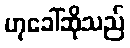
ဟုခေါ်ဆိုသည်